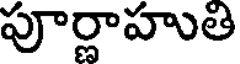
పూర్ణాహుతి